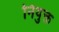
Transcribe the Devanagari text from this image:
नियुक्त